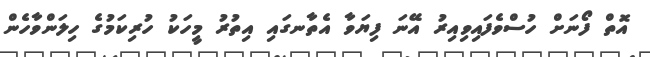
އޮތް ފޯނަށް ހުސްވެފައިވިއިރު އޭނަ ފިޔަވާ އެތާނގައި އިތުރު މީހަކު ހުރިކަމުގެ ހިލަންވާހެން